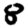
Digit: 8